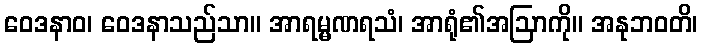
ဝေဒနာဝ၊ ဝေဒနာသည်သာ။ အာရမ္မဏရသံ၊ အာရုံ၏အဩာကို။ အနုဘဝတိ၊